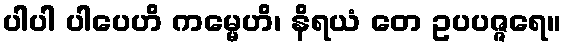
ပါပါ ပါပေဟိ ကမ္မေဟိ၊ နိရယံ တေ ဥပပဇ္ဇရေ။